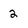
Character: 2